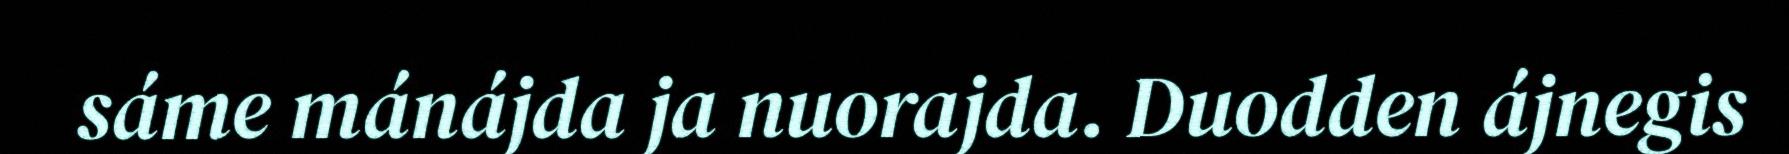
sáme mánájda ja nuorajda. Duodden ájnegis